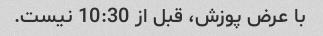
با عرض پوزش، قبل از 10:30 نیست.